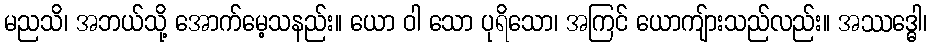
မညသိ၊ အဘယ်သို့ အောက်မေ့သနည်း။ ယော ဝါ သော ပုရိသော၊ အကြင် ယောကျ်ားသည်လည်း။ အဿဒ္ဓေါ၊